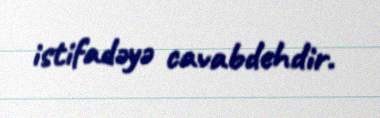
istifadəyə cavabdehdir.